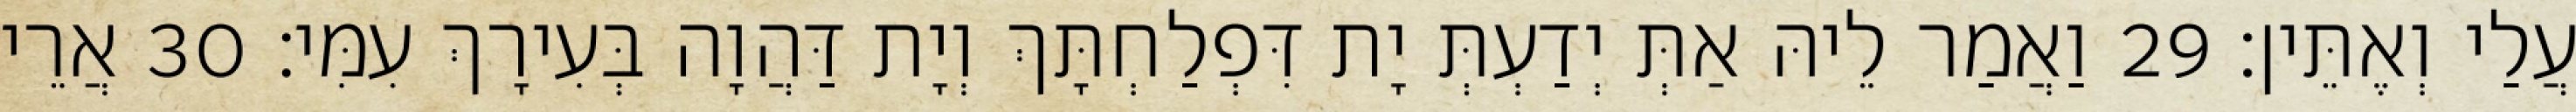
עֲלַי וְאֶתֵּין׃ 29 וַאֲמַר לֵיהּ אַתְּ יְדַעְתְּ יָת דִּפְלַחְתָּךְ וְיָת דַּהֲוָה בְּעִירָךְ עִמִּי׃ 30 אֲרֵי